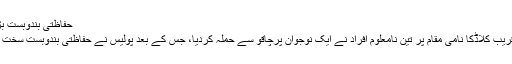
حفاظتی بندوبست بڑھا دیا گیا
یہاں سے قریب کلاڈکا نامی مقام پر تین نامعلوم افراد نے ایک نوجوان پرچاقو سے حملہ کردیا، جس کے بعد پولیس نے حفاظتی بندوبست سخت کردیا ہے۔